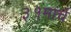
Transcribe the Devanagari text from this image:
३१मार्च